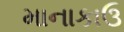
માનાકાઉ